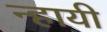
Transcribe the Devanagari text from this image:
न्हायी